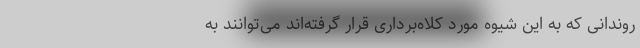
روندانی که به این شیوه مورد کلاه‌برداری قرار گرفته‌اند می‌توانند به